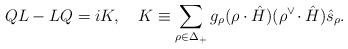
LaTeX: \begin{align*}QL-LQ=iK, \quad K\equiv\sum_{\rho\in\Delta_{+}}g_{\rho}(\rho\cdot\hat{H}) ({\rho}^{\vee}\!\cdot\hat{H})\hat{s}_{\rho}. \end{align*}